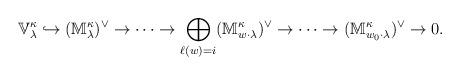
LaTeX: \begin{align*} \mathbb{V}^{\kappa}_{\lambda} \hookrightarrow (\mathbb{M}^{\kappa}_{\lambda})^{\vee} \to \dotsb \to \bigoplus_{\ell(w)=i}(\mathbb{M}^{\kappa}_{w \cdot \lambda})^{\vee} \to \dotsb \to (\mathbb{M}^{\kappa}_{w_0 \cdot \lambda})^{\vee} \to 0.\end{align*}